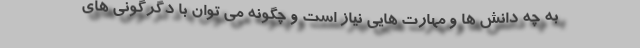
به چه دانش ها و مهارت هایی نیاز است و چگونه می توان با دگرگونی های